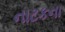
નાટકના